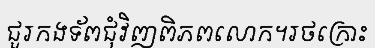
ជួរកងទ័ពជុំវិញពិភពលោក។រថក្រោះ